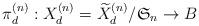
LaTeX: \begin{align*}\pi ^{(n)}_d: X^{(n)}_d=\widetilde X^{(n)}_d/\mathfrak S_n \to B\end{align*}